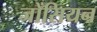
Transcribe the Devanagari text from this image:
जोंसियन